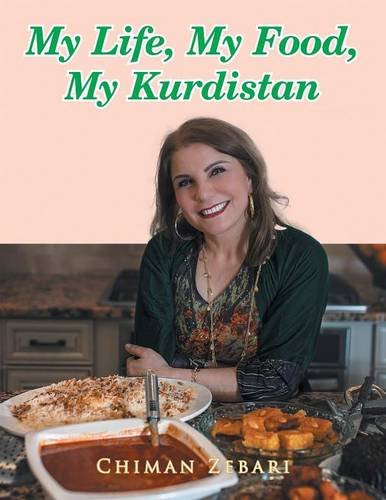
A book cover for My Life, My Food, My Kurdistan; Chiman Zebari; Cookbooks, Food & Wine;